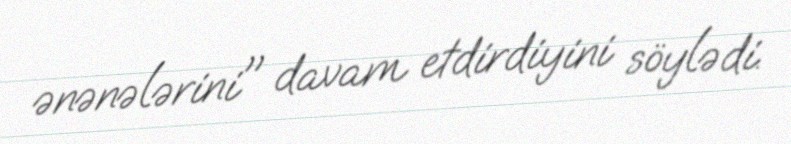
ənənələrini" davam etdirdiyini söylədi.